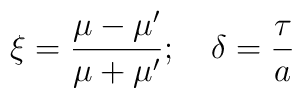
\xi=\frac{\mu-\mu'}{\mu+\mu'}; \quad \delta=\frac{\tau}{a}